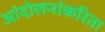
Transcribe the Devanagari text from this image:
आंदोलनांकरिता